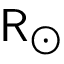
\mathsf { R } _ { \odot }